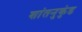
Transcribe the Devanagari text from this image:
शांतनुकुंड